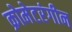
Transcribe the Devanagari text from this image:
क्रोमेटरंगीन